Document type: Dowry acquittance
Year: 1240
Scribe: Pere de Bages
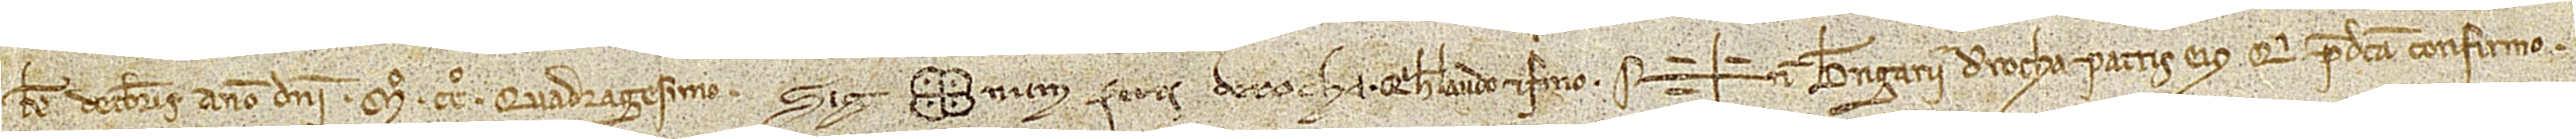
/ kalendas decembris, anno Domini Mº CCº quadragesimo. Sig(signe)num Petri de Rocha, qui hec laudo et firmo. Sig+num Berengarii de Rocha, patris eius, qui predicta confirmo.